On kala azar, malaria and malarial cachexia - Number 19
Disease focus: Malaria
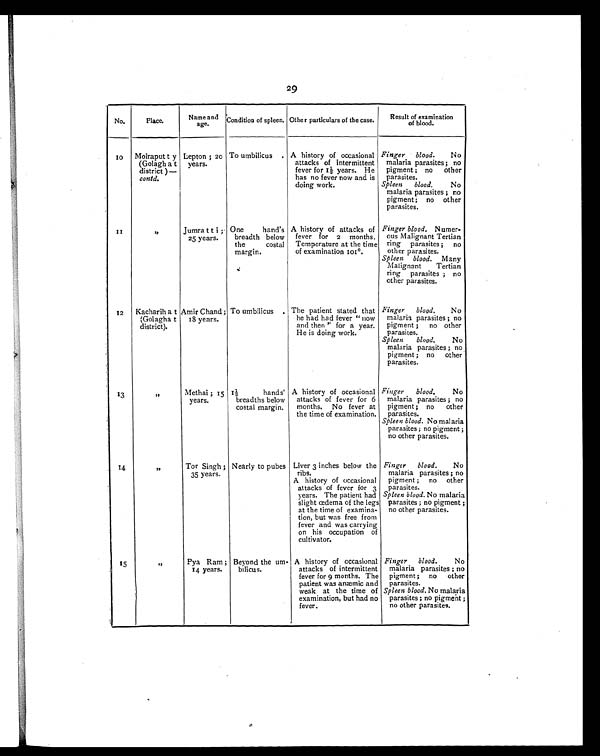
29
No.
Place.
Name and
age.
Condition of spleen. Other particulars of the case.
Result of examination
of blood.
1 0
Moiraputt y
(Golagha t
district )—
contd.
Lepton ; 20
years.
To umbilicus . A history of occasional
attacks of intermittent
fever for 1½ y e a r s . H e
has no fever now and is
doing work.
Finger blood. No
malaria parasites ; no
pigment ; no other
parasites.
Spleen blood.
No
malaria parasites ; no
pigment ; no other
parasites.
1 1
"
Jumratti ;
25 years.
One hand's
breadth below
the costal
margin.
A history of attacks of
fever for 2 months.
Temperature at the time
of examination 101º.
Finger blood. Numer-
ous Malignant Tertian
ring parasites ; no
other parasites.
Spleen blood.
Many
Malignant Tertian
ring parasites ; no
other parasites.
12
Kacharih at
(Golagh a t
district).
Amir Chand ;
18 years.
To umbilicus . The patient stated that
he had had fever " now
and then " for a year.
He is doing work.
Finger
blood.
No
malaria parasites ; no
pigment ; no other
parasites.
Spleen blood.
No
malaria parasites ; no
pigment ; no other
parasites.
13
"
Methai ; 15
years.
1½
hands'
breadths below
costal margin.
A history of occasional
attacks of fever for 6
months. No fever at
the time of examination.
Finger blood.
No
malaria parasites ; no
pigment ; no
other
parasites.
Spleen blood. No malaria
parasites ; no pigment ;
no other parasites.
1 4
"
Tor Singh ;
35 years.
Nearly to pubes Liver 3 inches below the
ribs.
A history of occasional
attacks of fever for 3
years. The patient had
slight œdema of the legs
at the time of examina-
tion, but was free from
fever and was carrying
on his occupation of
cultivator.
Finger blood.
No
malaria parasites ; no
pigment ; no
other
parasites.
Spleen blood. No malaria
parasites ; no pigment ;
no other parasites.
15
"
Pya Ram ;
14 years.
Beyond the urn-
bilious.
A history of occasional
attacks of intermittent
fever for 9 months. The
patient was anæmic and
weak at the time of
examination, but had no
fever.
Finger blood.
No
malaria parasites ; no
pigment ; no
other
parasites.
Spleen blood. No malaria
parasites ; no pigment ;
no other parasites.